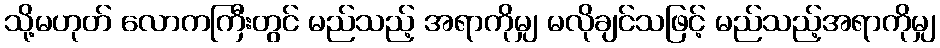
သို့မဟုတ် လောကကြီးတွင် မည်သည့် အရာကိုမျှ မလိုချင်သဖြင့် မည်သည့်အရာကိုမျှ